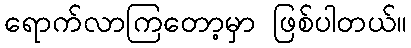
ရောက်လာကြတော့မှာ ဖြစ်ပါတယ်။